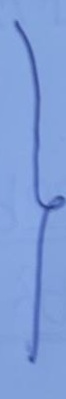
}